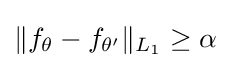
\|f_{\theta }-f_{\theta '}\|_{L_{1}}\geq \alpha